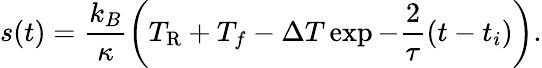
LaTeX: s(t)=\frac{k_{B}}{\kappa}\left(T_{\mathrm{R}}+T_{f}-\Delta T\exp{-\frac{2}{\tau}(t-t_{i})}\right).